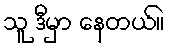
သူ ဒီမှာ နေတယ်။